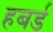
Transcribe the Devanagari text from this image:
हबर्ड